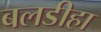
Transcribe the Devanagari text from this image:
बलडीहा